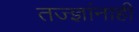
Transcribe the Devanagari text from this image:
तज्‍ज्ञांनाही